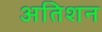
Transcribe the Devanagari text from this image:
अतिशन